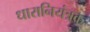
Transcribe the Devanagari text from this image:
धारानियंत्रक